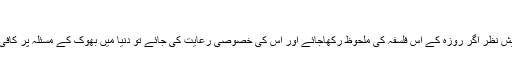
(٧)
متذکرہ دونوں حدیثوں کے پیش نظر اگر روزہ کے اس فلسفہ کی ملحوظ رکھاجائے اور اس کی خصوصی رعایت کی جائے تو دنیا میں بھوک کے مسئلہ پر کافی حد تک قابو پایاجاسکتاہے ۔